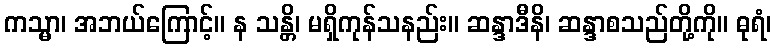
ကသ္မာ၊ အဘယ်ကြောင့်။ န သန္တိ၊ မရှိကုန်သနည်း။ ဆန္ဒာဒီနိ၊ ဆန္ဒာစသည်တို့ကို။ ဓုရံ၊